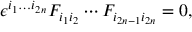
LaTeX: \epsilon ^ { i _ { 1 } \ldots i _ { 2 n } } F _ { i _ { 1 } i _ { 2 } } \cdots F _ { i _ { 2 n - 1 } i _ { 2 n } } = 0 ,